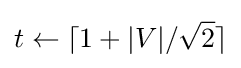
t\leftarrow \lceil 1+|V|/{\sqrt {2}}\rceil